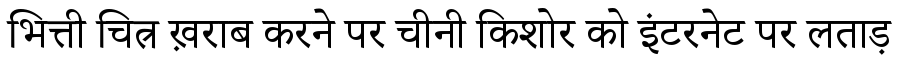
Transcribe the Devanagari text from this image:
भित्ती चित्र ख़राब करने पर चीनी किशोर को इंटरनेट पर लताड़